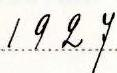
1927